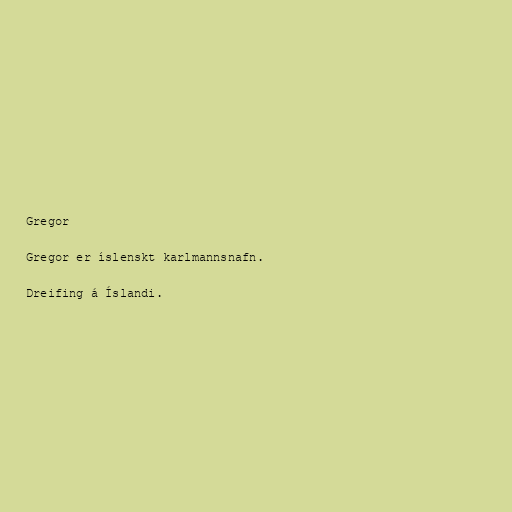
Gregor

Gregor er íslenskt karlmannsnafn.

Dreifing á Íslandi.